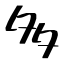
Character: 多